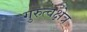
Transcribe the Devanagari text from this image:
गुरुत्वक्षेत्र